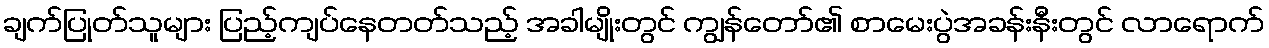
ချက်ပြုတ်သူများ ပြည့်ကျပ်နေတတ်သည့် အခါမျိုးတွင် ကျွန်တော်၏ စာမေးပွဲအခန်းနီးတွင် လာရောက်